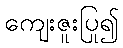
ကျေးဇူးပြု၍